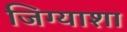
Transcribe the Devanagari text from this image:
जिग्याशा